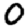
Digit: 0